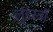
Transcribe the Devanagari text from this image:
लुंडस्ट्राॅ